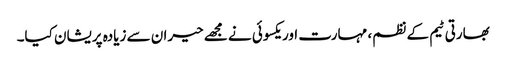
بھارتی ٹیم کے نظم، مہارت اور یکسوئی نے مجھے حیران سے زیادہ پریشان کیا۔